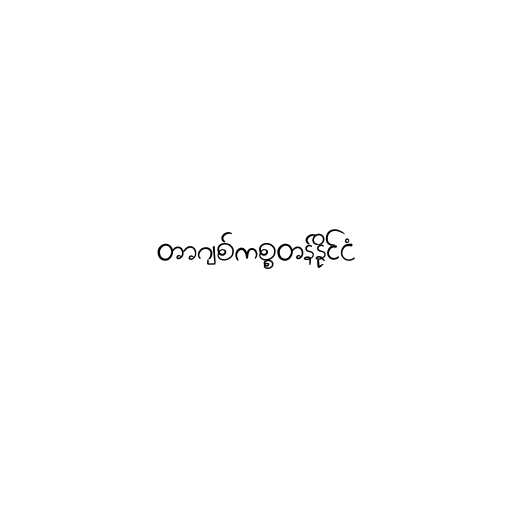
တာဂျစ်ကစ္စတန်နိုင်ငံ